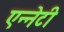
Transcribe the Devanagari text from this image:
एन्नेटी